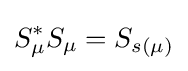
S_{\mu }^{*}S_{\mu }=S_{s(\mu )}